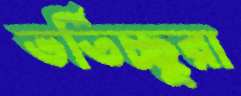
ভর্তিচ্ছুরা